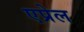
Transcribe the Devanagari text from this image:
एप्रेल